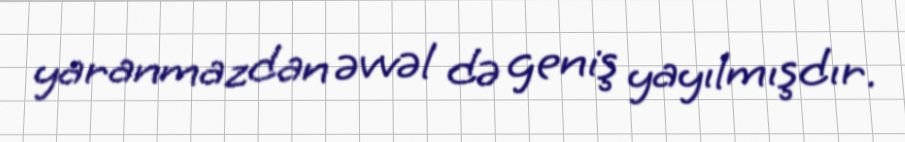
yaranmazdan əvvəl də geniş yayılmışdır.